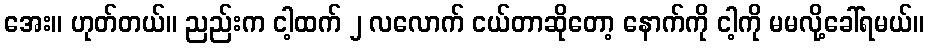
အေး။ ဟုတ်တယ်။ ညည်းက ငါ့ထက် ၂ လလောက် ငယ်တာဆိုတော့ နောက်ကို ငါ့ကို မမလို့ခေါ်ရမယ်။